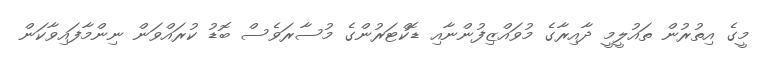
މީގެ އިތުރުން ތައުލީމީ ދާއިރާގެ މުވައްޒިފުންނާއި ޑޮކްޓަރުންގެ މުސާރަވެސް ބޮޑު ކުރައްވަން ނިންމާފައިވާކަން